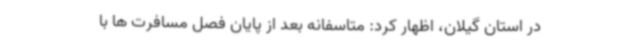
در استان گیلان، اظهار کرد: متاسفانه بعد از پایان فصل مسافرت ها با